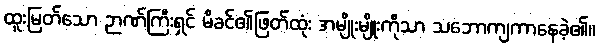
ထူးမြတ်သော ဉာဏ်ကြီးရှင် မိခင်၏ဖြတ်ထုံး အမျိုးမျိုးကိုသာ သဘောကျကာနေခဲ့၏။